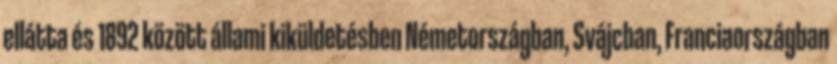
ellátta és 1892 között állami kiküldetésben Németországban, Svájcban, Franciaországban